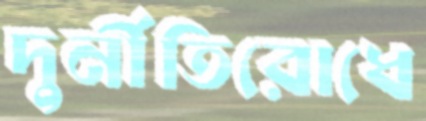
দুর্নীতিরোধে